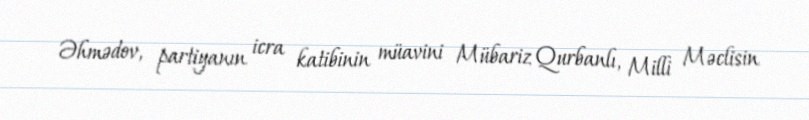
Əhmədov, partiyanın icra katibinin müavini Mübariz Qurbanlı, Milli Məclisin